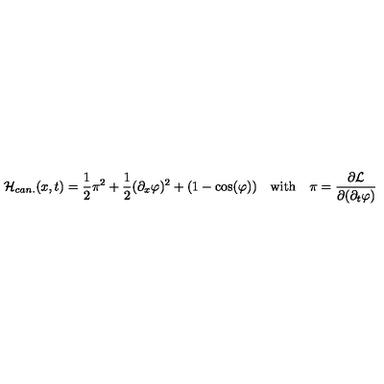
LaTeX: { \cal H } _ { c a n . } ( x , t ) = \frac { 1 } { 2 } \pi ^ { 2 } + \frac { 1 } { 2 } ( \partial _ { x } \varphi ) ^ { 2 } + ( 1 - \cos ( \varphi ) ) \quad \mathrm { w i t h } \quad \pi = \frac { \partial { \cal L } } { \partial ( \partial _ { t } \varphi ) }